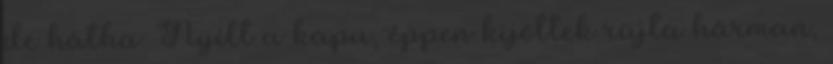
de hátha. Nyílt a kapu, éppen kijöttek rajta hárman,